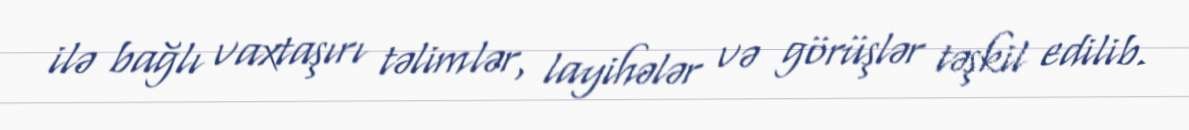
ilə bağlı vaxtaşırı təlimlər, layihələr və görüşlər təşkil edilib.